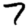
Digit: 7